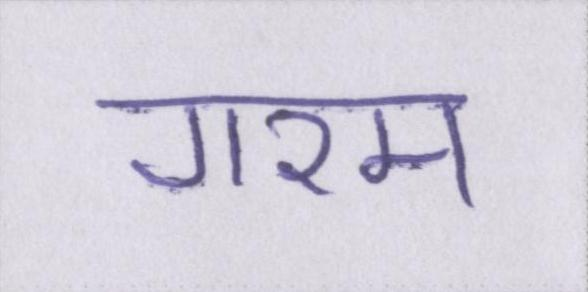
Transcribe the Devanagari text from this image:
गरम